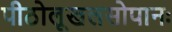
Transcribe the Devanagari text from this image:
पीठोलूखलसोपानः